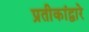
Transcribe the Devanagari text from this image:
प्रतीकांद्वारे